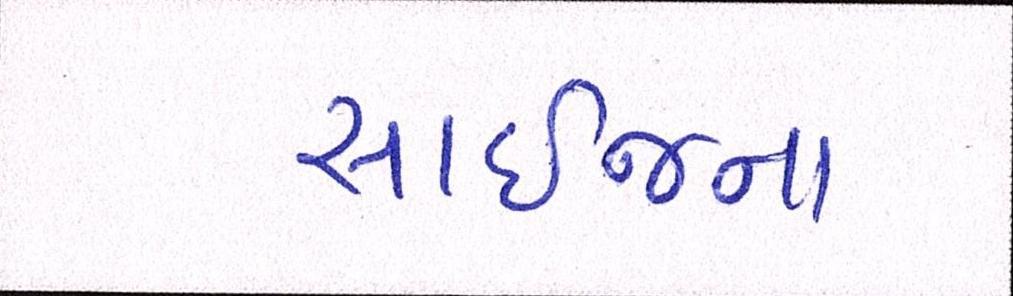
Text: સાઈજના